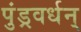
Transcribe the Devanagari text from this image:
पुंड्रवर्धन्